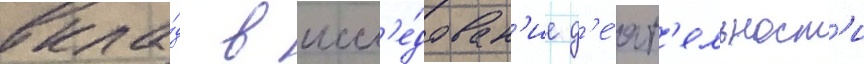
вкла́д в иссл'е́дован'ие д'е́ят'ельност'и